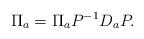
LaTeX: \begin{align*}\Pi_a =\Pi_a P^{-1} D_a P.\end{align*}